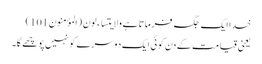
خدا ایک جگہ فرماتا ہے ولایتساءلون (المؤمنون101)
یعنی قیامت کےدن کوئی ایک دوسرے کو نہیں پوچھے گا۔